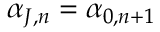
\alpha _ { J , n } = \alpha _ { 0 , n + 1 }